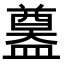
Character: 𥂴